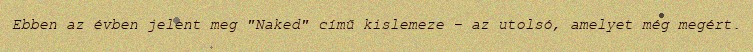
Ebben az évben jelent meg "Naked" című kislemeze − az utolsó, amelyet még megért.